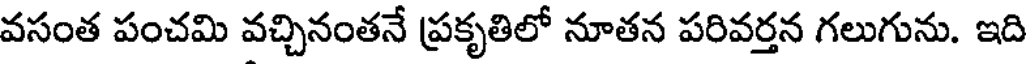
వసంత పంచమి వచ్చినంతనే ప్రకృతిలో నూతన పరివర్తన గలుగును. ఇది